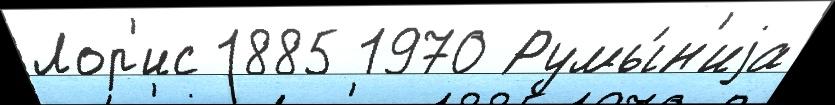
Лор'ис 1885 1970 Румы́н'иjа